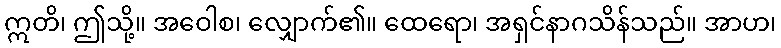
ဣတိ၊ ဤသို့။ အဝေါစ၊ လျှောက်၏။ ထေရော၊ အရှင်နာဂသိန်သည်။ အာဟ၊